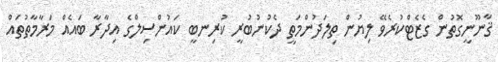
ޤާނޫނީގޮތުން ގެޒެޓްކުރެވޭ ލިޔުން ތިލަދުންމަތީ ދެކުނުބުރީ ކުރިނބީ ކައުންސިލްގެ އިދާރާ ބައެއް މަރާމާތުތައް